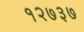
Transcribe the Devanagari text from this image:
१२७३७